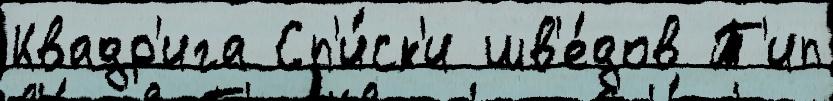
Квадр'ига Сп'и́ск'и шв'е́дов Т'ип